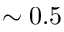
\sim 0 . 5